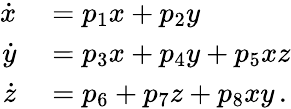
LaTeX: \begin{array}{rl}{\dot{x}}&{{}=p_{1}x+p_{2}y}\\ {\dot{y}}&{{}=p_{3}x+p_{4}y+p_{5}xz}\\ {\dot{z}}&{{}=p_{6}+p_{7}z+p_{8}xy\, .}\end{array}